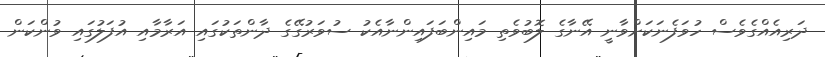
ދަރިއެއްގެވެސް ހުވަފެނަކަށްވާނީ އޭނާގެ ލޮބުވެތި މައިންބަފައިންނާއެކު ސުވަރުގޭގެ ދާންތަކުގައި އަރާމާއި އުފަލުގައި ވުންކަން